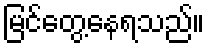
မြင်တွေ့နေရသည်။